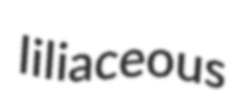
liliaceous